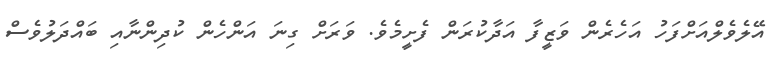
އޭލެވެލްއަށްފަހު އަހެރެން ވަޒީފާ އަދާކުރަން ފެށީމެވެ. ވަރަށް ގިނަ އަންހެން ކުދިންނާއި ބައްދަލުވެސް